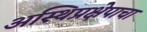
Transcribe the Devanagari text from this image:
अस्थिप्रक्षेपाचा